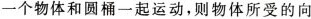
一个物体和圆桶一起运动，则物体所受的向